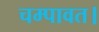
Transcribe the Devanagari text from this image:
चम्पावत।